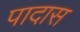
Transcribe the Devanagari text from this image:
पादास